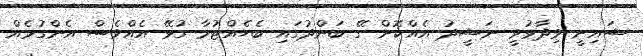
ޝައިނީ ވިދާޅުވީ ނަޝީދު އެއްކޮށް ގޭ ބަންދުގައި ބެހެއްޓުމާ ގުޅޭ އެއްވެސް އެންގުމެއް